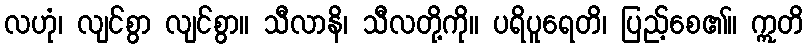
လဟုံ၊ လျင်စွာ လျင်စွာ။ သီလာနိ၊ သီလတို့ကို။ ပရိပူရေတိ၊ ပြည့်စေ၏။ ဣတိ